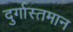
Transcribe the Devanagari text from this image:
दुर्गास्तमान